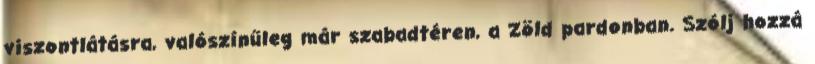
viszontlátásra, valószínűleg már szabadtéren, a Zöld pardonban. Szólj hozzá